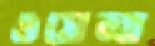
ওয়েল্ত